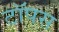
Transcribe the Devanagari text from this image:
टॉपस